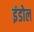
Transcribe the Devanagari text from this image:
इंडोल